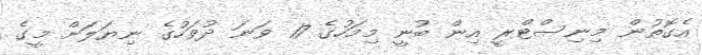
އެގޮތުން މިނިސްޓްރީ އިން ބުނީ މިމަހުގެ 17 ވަނަ ދުވަހުގެ ނިޔަލަށް މީގެ